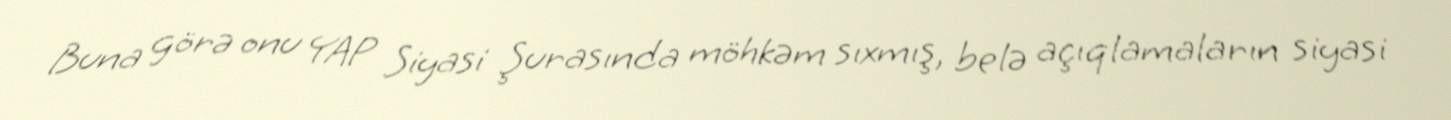
Buna görə onu YAP Siyasi Şurasında möhkəm sıxmış, belə açıqlamaların siyasi